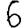
Digit: 6